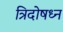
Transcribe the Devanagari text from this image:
त्रिदोषध्न